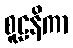
စူဠနိကာ